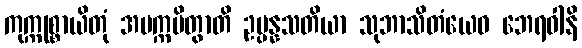
ကုက္ကုစ္စာယိတုံ အပက္ကမိတွာတိ ဥပ္ပန္နသတိယာ သုဘာသိတံယေဝ ဘေရဝါနိ